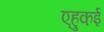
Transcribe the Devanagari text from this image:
एहुकई